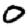
Digit: 0